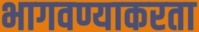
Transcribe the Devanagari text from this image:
भागवण्याकरता